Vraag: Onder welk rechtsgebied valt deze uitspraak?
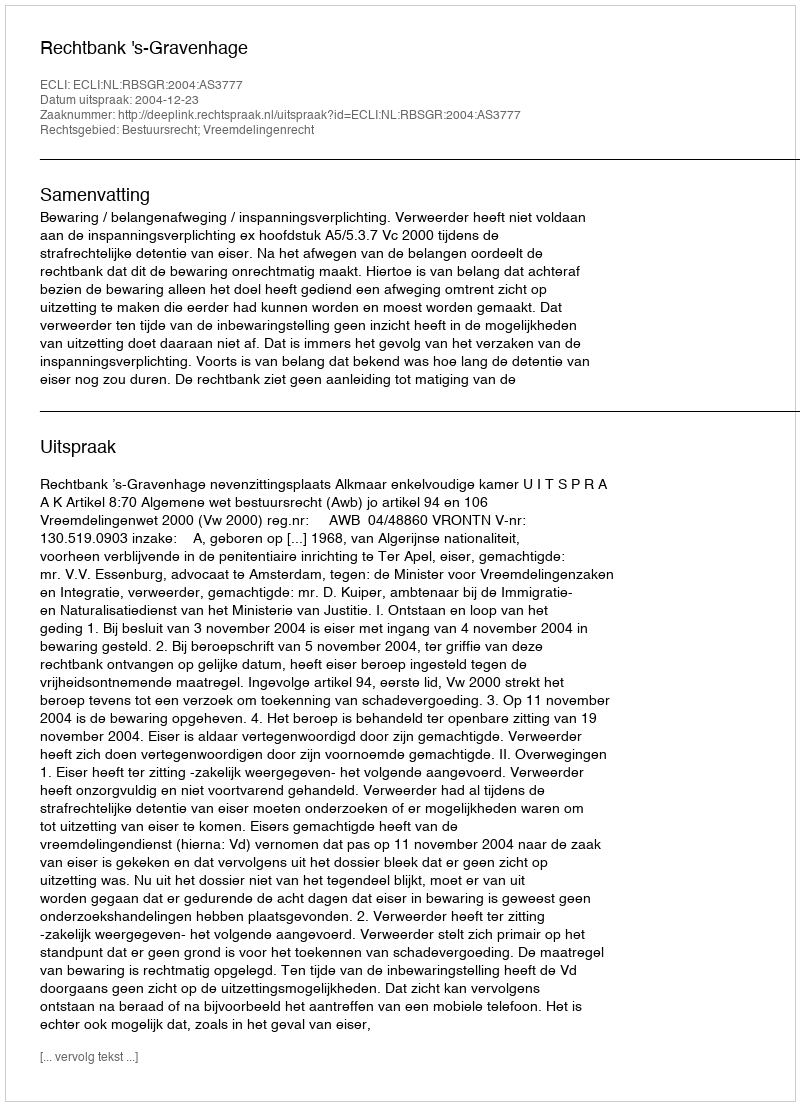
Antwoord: Bestuursrecht; Vreemdelingenrecht